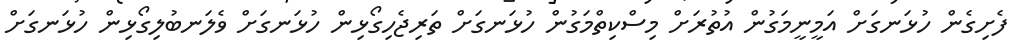
ފެށިގެން ހުޅަނގަށް އަމީނީމަގުން އުތުރަށް މިސްކިތްމަގުން ހުޅަނގަށް ތަރިޖެހިގޯޅިން ހުޅަނގަށް ވެލަނބުލިގޯޅިން ހުޅަނގަށް